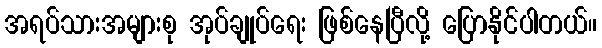
အရပ်သားအများစု အုပ်ချုပ်ရေး ဖြစ်နေပြီလို့ ပြောနိုင်ပါတယ်။